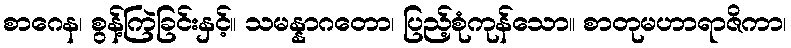
စာဂေန၊ စွန့်ကြဲခြင်းနှင့်။ သမန္နာဂတော၊ ပြည့်စုံကုန်သော။ စာတုမဟာရာဇိကာ၊